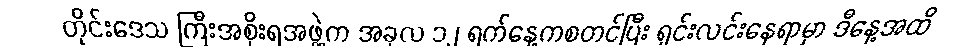
တိုင်းဒေသ ကြီးအစိုးရအဖွဲ့က အခုလ ၁၂ ရက်နေ့ကစတင်ပြီး ရှင်းလင်းနေရာမှာ ဒီနေ့အထိ